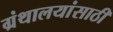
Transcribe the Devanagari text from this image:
ग्रंथालयांसाठी